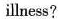
illness?